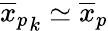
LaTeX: {\overline{{x}}_{p}}_{k}\simeq{\overline{{x}}_{p}}